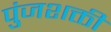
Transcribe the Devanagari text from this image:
पुंजशक्ती